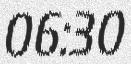
06:30